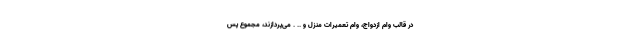
در قالب وام ازدواج، وام تعمیرات منزل و .. . می‌پردازند، مجموع پس‌